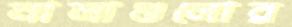
নালাগুলোর